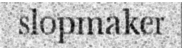
slopmaker